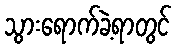
သွားရောက်ခဲ့ရာတွင်